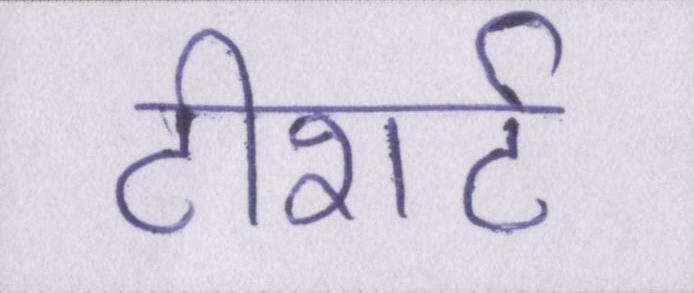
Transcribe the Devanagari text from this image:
टीशर्ट